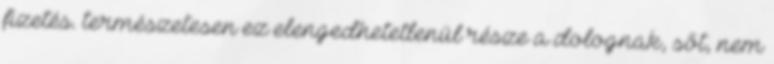
fizetés. természetesen ez elengedhetetlenül része a dolognak, sőt, nem